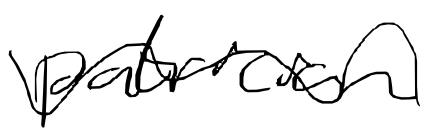
Text: patrician
Cross-out: wave
Writing tool: digital_black